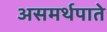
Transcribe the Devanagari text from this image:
असमर्थपाते